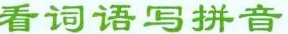
看词语写拼音